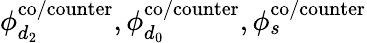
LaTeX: \phi_{d_{2}}^{\mathrm{{co/counter}}},\phi_{d_{0}}^{\mathrm{{co/counter}}},\phi_{s}^{\mathrm{{co/counter}}}